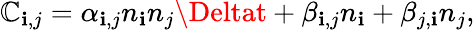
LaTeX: \mathbb{C}_{\mathbf{i},j}=\alpha_{\mathbf{i},j}n_{\mathbf{i}}n_{j}\Deltat+\beta_{\mathbf{i},j}n_{\mathbf{i}}+\beta_{j,\mathbf{i}}n_{j},